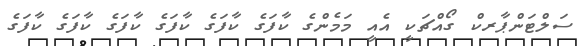
ސަލްޓަންޕާރކް ގޯއްޗަކީ އެއީ މަމެންގެ ކާފަގެ ކާފަގެ ކާފަގެ ކާފަގެ ކާފަގެ ކާފަގެ